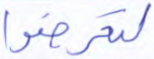
لتعرضوا